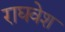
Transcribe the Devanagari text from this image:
राघवेश